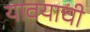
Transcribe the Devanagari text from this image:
यावयाची